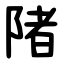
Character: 陼